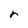
Character: r